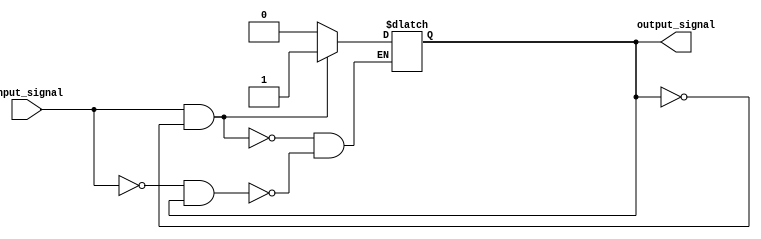
module Schmitt_trigger_inverter (
    input wire input_signal,
    output reg output_signal
);

reg prev_output_signal;

always @(*)
begin
    if(input_signal && !prev_output_signal)
        output_signal <= 1;
    else if(!input_signal && prev_output_signal)
        output_signal <= 0;
end

always @(*)
begin
    prev_output_signal <= output_signal;
end

endmodule